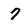
Character: 7